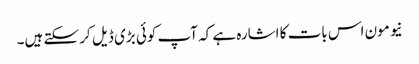
نیو مون اس بات کا اشارہ ہے کہ آپ کوئی بڑی ڈیل کر سکتے ہیں۔